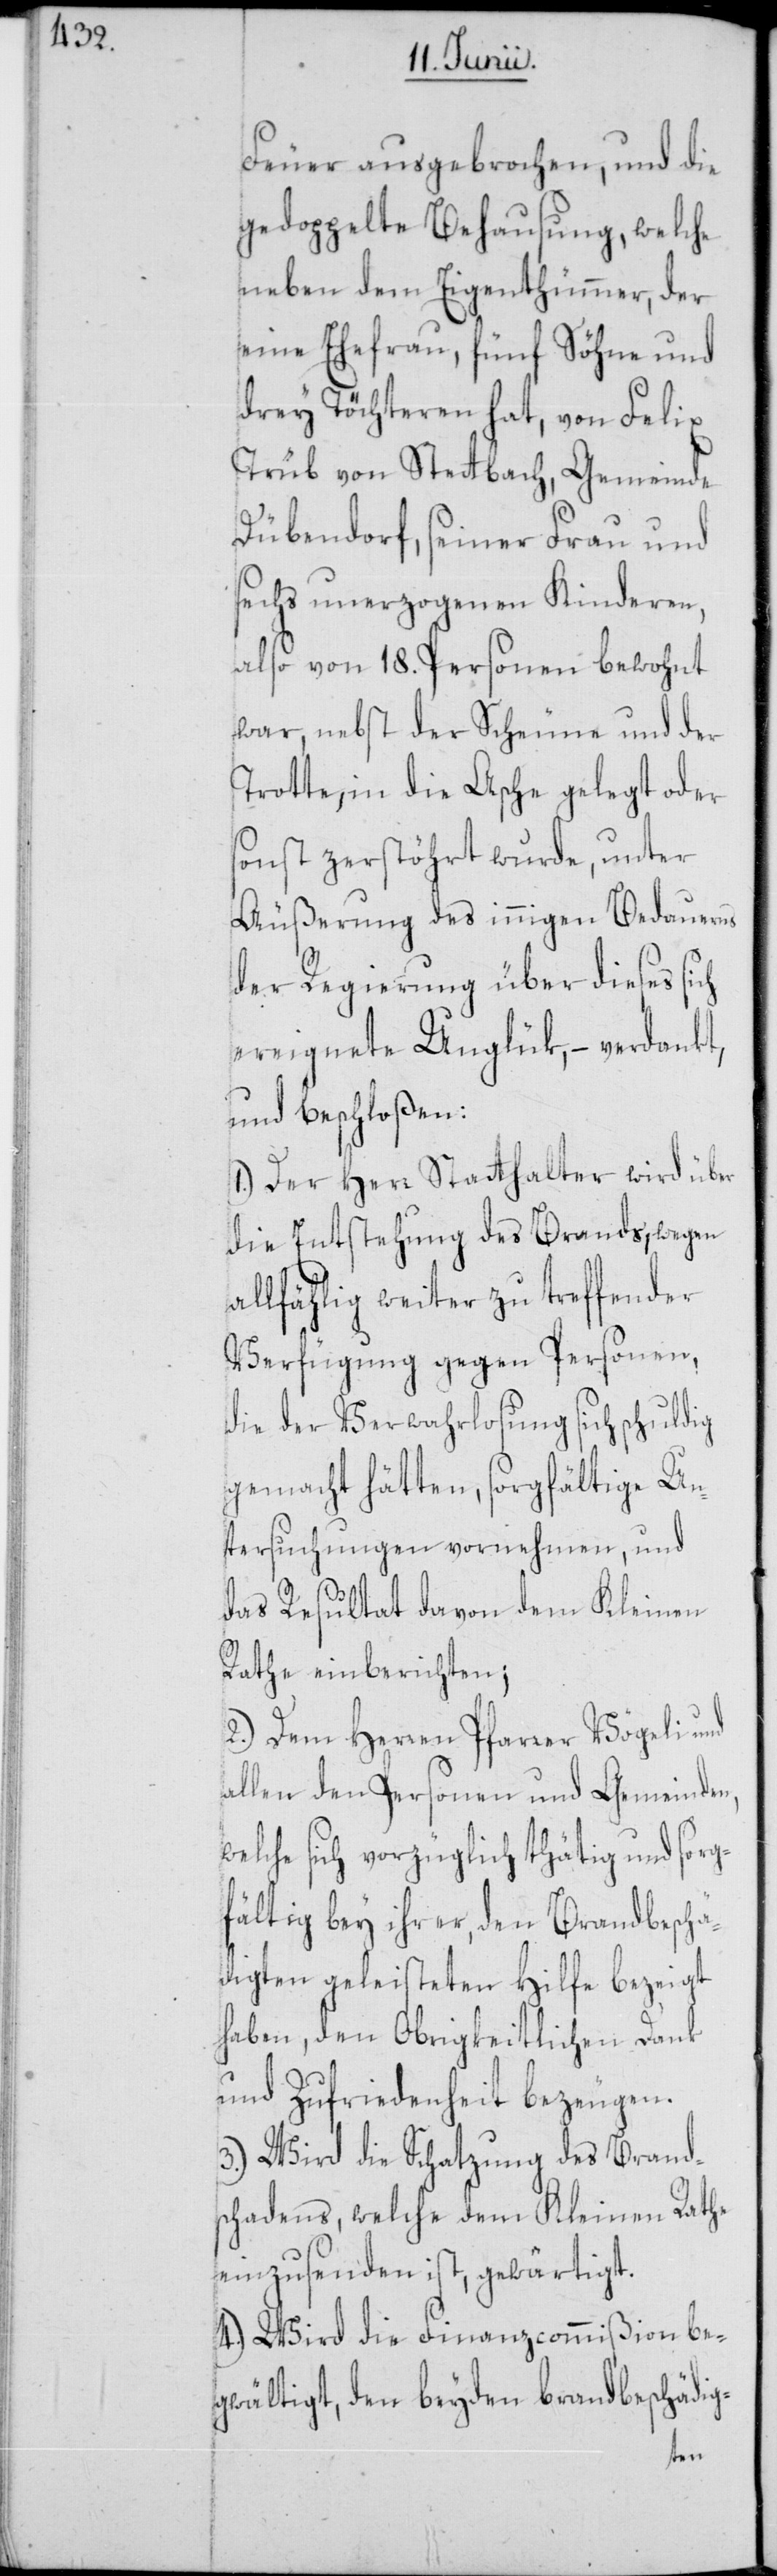
Feuer ausgebrochen, und die
gedoppelte Behausung, welche
neben dem Eigenthümmer, der
eine Ehefrau, fünf Söhne und
drey Töchteren hat, von Felix
Trüb von Stettbach, Gemeinde
Dübendorf, seiner Frau und
sechs unerzogenen Kinderen,
also von 18. Personen bewohnt
war, nebst der Scheune und der
Trotte, in die Asche gelegt oder
sonst zerstöhrt wurde, unter
Äußerung des innigen Bedauerns
der Regierung über dieses sich
ereignete Unglük, – verdankt,
und beschloßen:
1.) Der Herr Statthalter wird über
die Entstehung des Brands, wegen
allfählig weiter zu treffender
Verfügung gegen Personen,
die der Verwahrlosung sich schuldig
gemacht hätten, sorgfältige Un¬
tersuchungen vornehmen, und
das Resultat davon dem Kleinen
Rathe einberichten;
2.) Dem Herren Pfarrer Vögeli und
allen den Personen und Gemeinden,
welche sich vorzüglich thätig und sorg¬
fältig bey ihrer, den Brandbeschä¬
digten geleisteten Hilfe bezeigt
haben, den Obrigkeitlichen Dank
und Zufriedenheit bezeugen.
3.) Wird die Schatzung des Brand¬
schadens, welche dem Kleinen Rathe
einzusenden ist, gewärtigt.
4.) Wird die Finanzcommißion be¬
gwältigt, den beyden brandbeschädig-